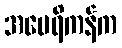
အမေရိကန်က